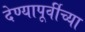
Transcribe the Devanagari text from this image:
देण्यापूर्वीच्या